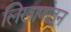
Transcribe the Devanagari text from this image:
लिखाणांतून